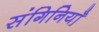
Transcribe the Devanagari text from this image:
संगिनियाँ